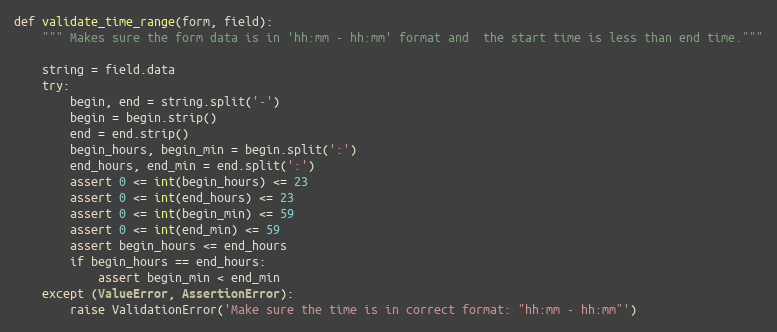
Language: Python
def validate_time_range(form, field):
    """ Makes sure the form data is in 'hh:mm - hh:mm' format and  the start time is less than end time."""

    string = field.data
    try:
        begin, end = string.split('-')
        begin = begin.strip()
        end = end.strip()
        begin_hours, begin_min = begin.split(':')
        end_hours, end_min = end.split(':')
        assert 0 <= int(begin_hours) <= 23
        assert 0 <= int(end_hours) <= 23
        assert 0 <= int(begin_min) <= 59
        assert 0 <= int(end_min) <= 59
        assert begin_hours <= end_hours
        if begin_hours == end_hours:
            assert begin_min < end_min
    except (ValueError, AssertionError):
        raise ValidationError('Make sure the time is in correct format: "hh:mm - hh:mm"')